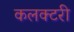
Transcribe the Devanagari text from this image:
कलक्टरी